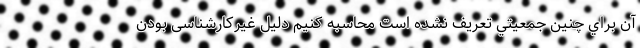
آن براي چنين جمعيتي تعريف نشده است محاسبه كنيم دلیل غیرکارشناسی بودن